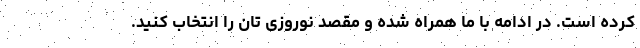
کرده است. در ادامه با ما همراه شده و مقصد نوروزی تان را انتخاب کنید.